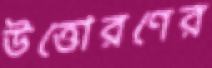
উত্তোরণের